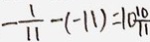
- \frac { 1 } { 1 1 } - ( - 1 1 ) = 1 0 \frac { 1 0 } { 1 1 }